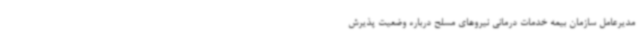
مدیرعامل سازمان بیمه خدمات درمانی نیروهای مسلح درباره وضعیت پذیرش